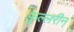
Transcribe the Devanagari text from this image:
फुल्लरीन्